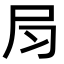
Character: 𡰳